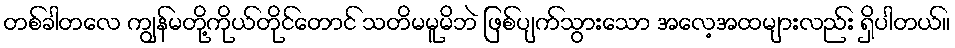
တစ်ခါတလေ ကျွန်မတို့ကိုယ်တိုင်တောင် သတိမမူမိဘဲ ဖြစ်ပျက်သွားသော အလေ့အထများလည်း ရှိပါတယ်။